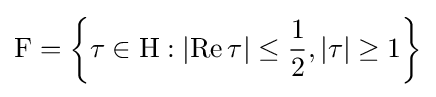
\mathrm {F} =\left\{\tau \in \mathrm {H} :\left|\operatorname {Re} \tau \right|\leq {\frac {1}{2}},\left|\tau \right|\geq 1\right\}